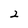
Character: 2